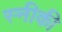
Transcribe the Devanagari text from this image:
स्नीकी